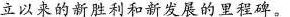
立以来的新胜利和新发展的里程碑。